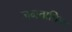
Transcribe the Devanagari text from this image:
जनतात्रिक